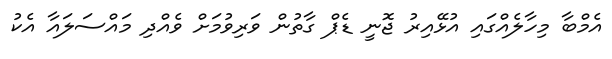
އެމްބާ މިހާލެއްގައި އުޅޭއިރު ޖޮނީ ޑެޕް ގާތުން ވަރިވުމަށް ވެއްދި މައްސަލައާ އެކު